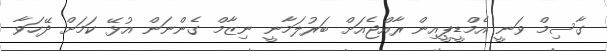
ގާސިމް ވަނީ އެމްޑީޕީއިން ރާއްޖެއަށް ބަރުލަމާނީ ނިޒާމް ގެންނަން އުޅޭ ކަމަށް ދޭހަވާ